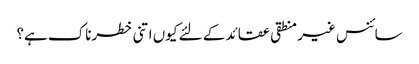
سائنس غیر منطقی عقائد کے لئے کیوں اتنی خطرناک ہے؟